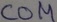
Text: COM